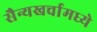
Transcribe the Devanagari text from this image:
सैन्यखर्चामध्ये